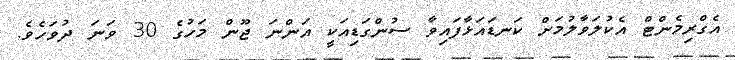
އެގްރިމެންޓް އެކުލަވާލުމަށް ކަނޑައަޅާފައިވާ ސުންގަޑިއަކީ އަންނަ ޖޫން މަހުގެ 30 ވަނަ ދުވަހެވެ.